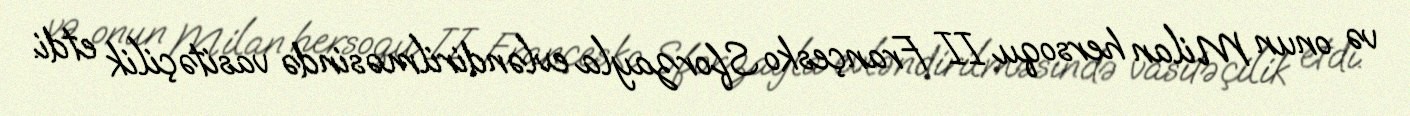
və onun Milan hersoqu II Françesko Sforzayla evləndirilməsində vasitəçilik etdi.